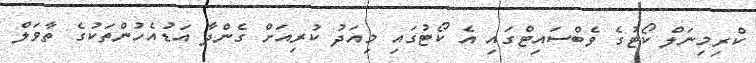
ކްރިމިނަލް ކޯޓުގެ ވެބްސައިޓްގައި އެ ކޯޓުގައި މިއަދު ކުރިއަށް ގެންދާ އަޑުއެހުންތަކުގެ ތާވަލް